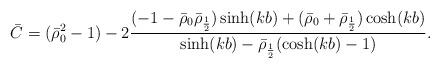
LaTeX: \begin{align*}\bar C = (\bar\rho_0^2-1) - 2\frac{(-1-\bar\rho_0\bar\rho_{\frac12})\sinh(kb)+(\bar\rho_0+\bar\rho_{\frac12})\cosh(kb)}{\sinh(kb)-\bar\rho_{\frac12}(\cosh(kb)-1)}.\end{align*}